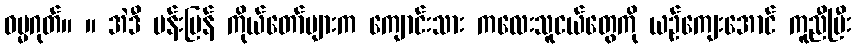
ဓမ္မဂုတ်။ ။ အဲဒီ မန်းပြန် ကိုယ်တော်များက ကျောင်းသား ကလေးသူငယ်တွေကို ယဉ်ကျေးအောင် ကူညီပြီး